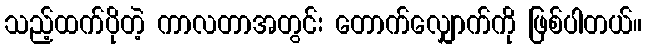
သည့်ထက်ပိုတဲ့ ကာလတာအတွင်း တောက်လျှောက်ကို ဖြစ်ပါတယ်။